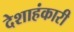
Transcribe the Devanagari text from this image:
देशाहंकारी